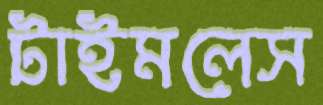
টাইমলেস